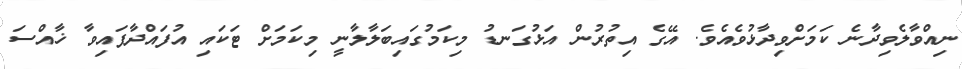
ނިއްވާލެވިދާނެ ކަމަށްވިދާޅުވެއެވެ. އޭގެ އިތުރުން އަޅުގަނޑު މިކަމުގައިބަލާލާނީ މިކަމަށް ޓަކައި އުފައްދާފައިވާ ޚާއްސަ